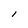
Character: l